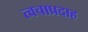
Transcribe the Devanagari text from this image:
त्वचाप्रदाह